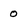
Character: 0